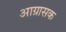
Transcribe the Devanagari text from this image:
आग्रासक